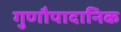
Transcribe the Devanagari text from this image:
गुणौपादानिक